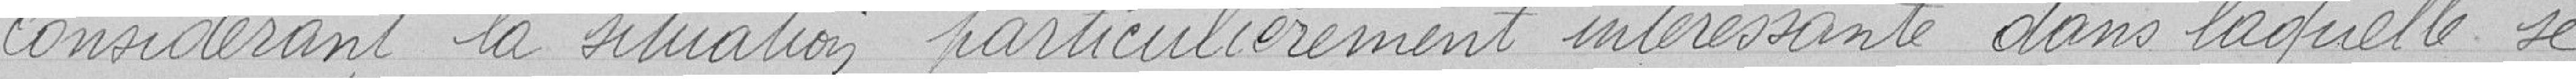
Considérant la situation particulièrement intéressante dans laquelle se